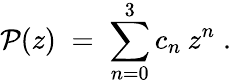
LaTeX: {\cal{P}}(z)\; =\; \sum_{n=0}^{3}c_{n}\: z^{n}\; .